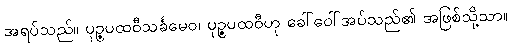
အရပ်သည်။ ပုဉ္ဇပထဝီသင်္ခမေဝ၊ ပုဉ္ဇပထဝီဟု ခေါ်ဝေါ်အပ်သည်၏ အဖြစ်သို့သာ။